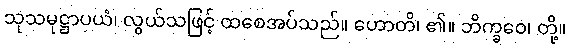
သုသမုဋ္ဌာပယံ၊ လွယ်သဖြင့် ထစေအပ်သည်။ ဟောတိ၊ ၏။ ဘိက္ခဝေ၊ တို့။